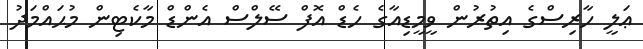
ޢަލީ ހާރިސްގެ އިތުރުން ވީމީޑިއާގެ ހެޑް އޮފް ސޭލްސް އެންޑް މާކެޓިން މުޙައްމަދު